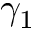
\gamma _ { 1 }